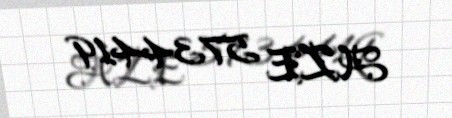
AZE 5734419